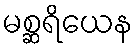
မစ္ဆရိယေန